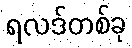
ရလဒ်တစ်ခု